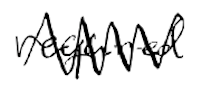
Text: required
Cross-out: zig-zag
Writing tool: digital_black